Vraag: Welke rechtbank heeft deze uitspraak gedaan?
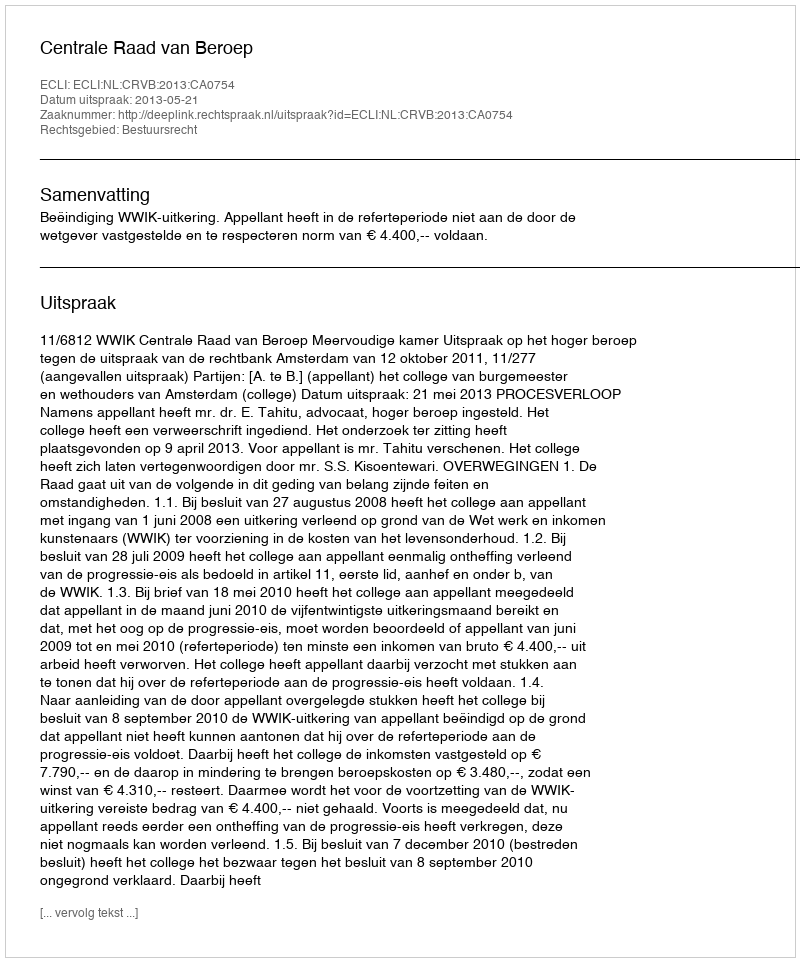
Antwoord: Centrale Raad van Beroep